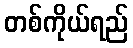
တစ်ကိုယ်ရည်